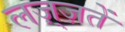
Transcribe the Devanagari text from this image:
लज़्ज़तें